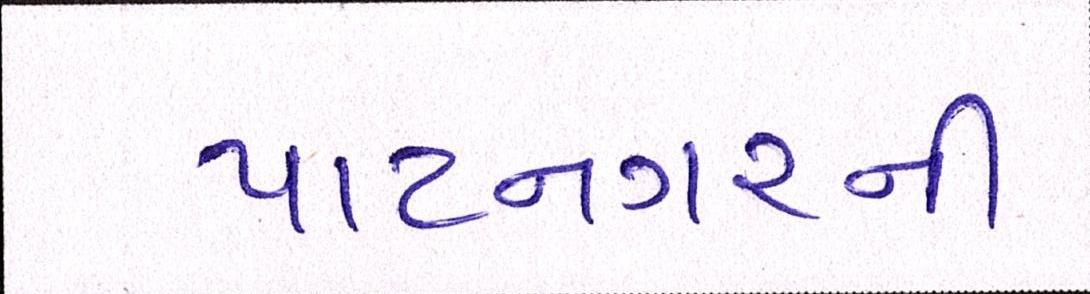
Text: પાટનગરની